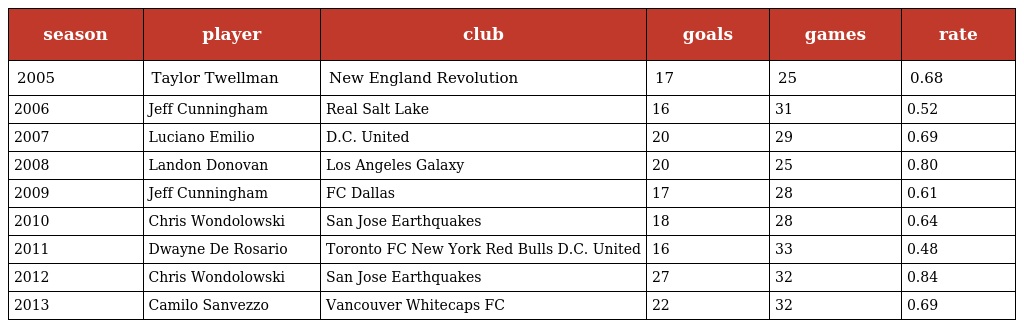
| season | player | club | goals | games | rate |
 | --- | --- | --- | --- | --- | --- |
 | 2005 | Taylor Twellman | New England Revolution | 17 | 25 | 0.68 |
 | 2006 | Jeff Cunningham | Real Salt Lake | 16 | 31 | 0.52 |
 | 2007 | Luciano Emilio | D.C. United | 20 | 29 | 0.69 |
 | 2008 | Landon Donovan | Los Angeles Galaxy | 20 | 25 | 0.80 |
 | 2009 | Jeff Cunningham | FC Dallas | 17 | 28 | 0.61 |
 | 2010 | Chris Wondolowski | San Jose Earthquakes | 18 | 28 | 0.64 |
 | 2011 | Dwayne De Rosario | Toronto FC New York Red Bulls D.C. United | 16 | 33 | 0.48 |
 | 2012 | Chris Wondolowski | San Jose Earthquakes | 27 | 32 | 0.84 |
 | 2013 | Camilo Sanvezzo | Vancouver Whitecaps FC | 22 | 32 | 0.69 |